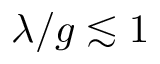
\lambda / g \lesssim 1